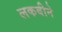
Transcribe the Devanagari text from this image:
लकबीने